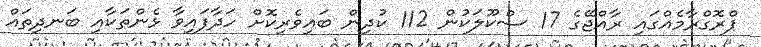
ޕްރޮގްރާމެއްގައި ރާއްޖޭގެ 17 ސްކޫލަކުން 112 ކުދިން ބައިވެރިކޮށް ހަދާފައިވާ ޅެންތަކާއި ބަނދިތައް